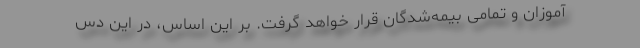
آموزان و تمامی بیمه‌شدگان قرار خواهد گرفت. بر این اساس، در این دس